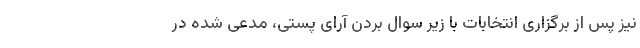
نیز پس از برگزاری انتخابات با زیر سوال بردن آرای پستی، مدعی شده در